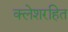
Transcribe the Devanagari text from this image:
क्लेशरहित